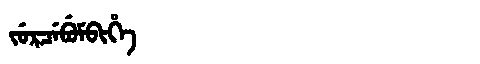
Manchu: ᠵᡠᡵᠴᡝᠪᡠᠮᠪᡳᡥᡝ
Romanization: JURCEBUMBIHE